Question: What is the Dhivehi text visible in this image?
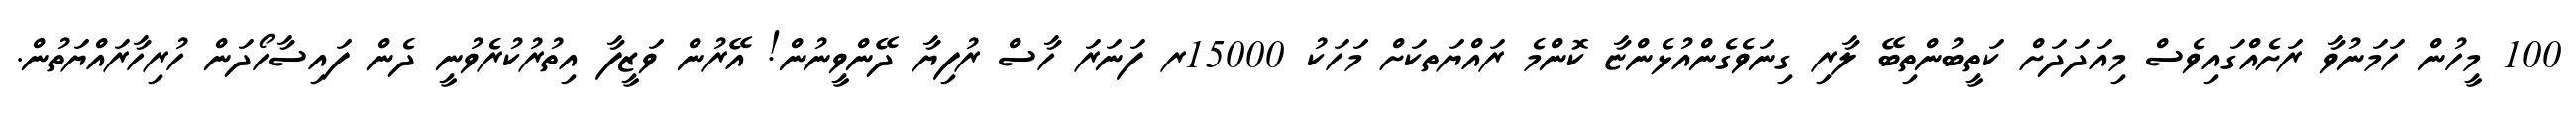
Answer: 100 މީހުން ހަމަނުވާ ރަށެއްގައިވެސް މިއަދަދަށް ކަތީބުންތިބޭ ލާރި ގިނަވެގެންއުޅެންޏާ ކޮންމެ ރައްޔަތކަށް މަހަކު 15000ރ ފަނަރަ ހާސް ރުފިޔާ ދޭންވީނުން! އޭރުން ވަޒީފާ އިތުރުކުރެވުނީ ދެން ފައިސާހޯދަން ހުރިހާރައްޔަތުން.